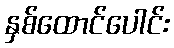
နှစ်ထောင်ပေါင်း